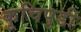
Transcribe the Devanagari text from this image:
कूचिपुडी